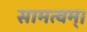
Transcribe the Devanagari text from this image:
सामत्वम्‌।